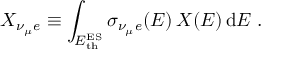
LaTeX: X _ { \nu _ { \mu } e } \equiv \int _ { E _ { \mathrm { t h } } ^ { \mathrm { E S } } } \sigma _ { \nu _ { \mu } e } ( E ) \, X ( E ) \, { \mathrm { d } } E \; .